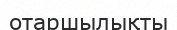
отаршылықты